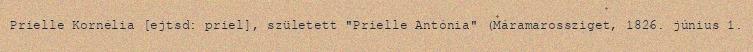
Prielle Kornélia [ejtsd: priel], született "Prielle Antónia" (Máramarossziget, 1826. június 1.